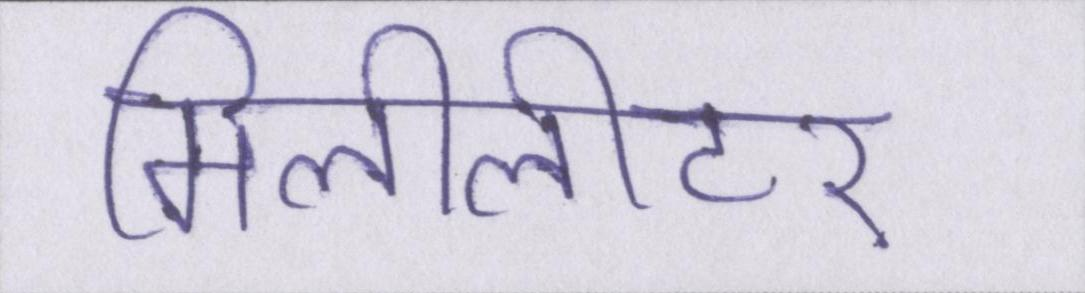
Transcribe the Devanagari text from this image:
मिलीलीटर